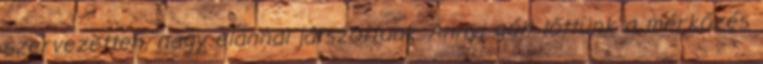
szervezetten, nagy elánnal játszottunk. Annyi gólt lőttünk a mérkőzés